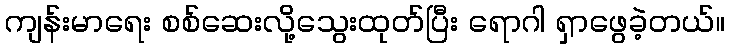
ကျန်းမာရေး စစ်ဆေးလို့သွေးထုတ်ပြီး ရောဂါ ရှာဖွေခဲ့တယ်။